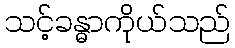
သင့်ခန္ဓာကိုယ်သည်